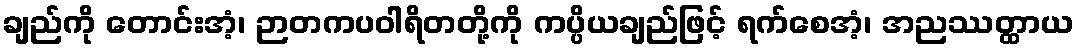
ချည်ကို တောင်းအံ့၊ ဉာတကပဝါရိတတို့ကို ကပ္ပိယချည်ဖြင့် ရက်စေအံ့၊ အညဿတ္ထာယ